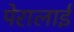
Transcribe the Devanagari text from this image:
पेरालाई